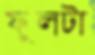
ফুলটা